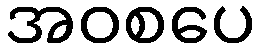
အဝစပေ